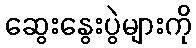
ဆွေးနွေးပွဲများကို